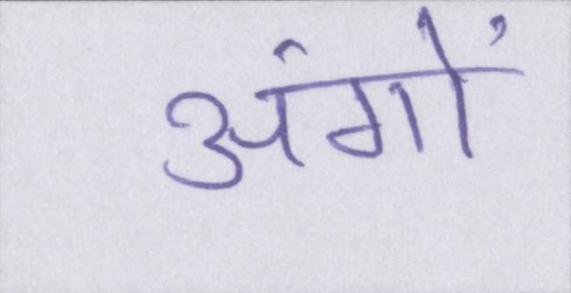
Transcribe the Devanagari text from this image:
अंगों